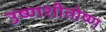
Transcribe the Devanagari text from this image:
उष्णशीतोष्ण